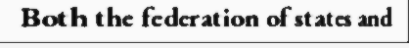
Both the federation of states and